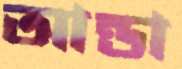
আন্ডা